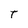
Character: T